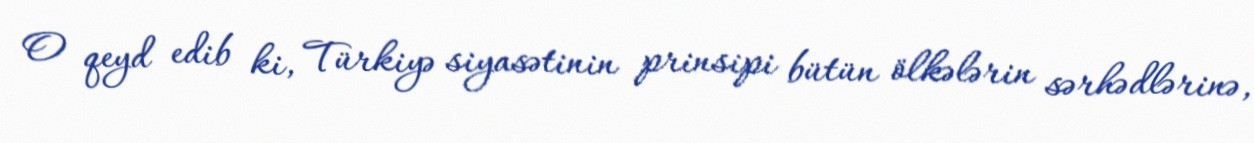
O qeyd edib ki, Türkiyə siyasətinin prinsipi bütün ölkələrin sərhədlərinə,